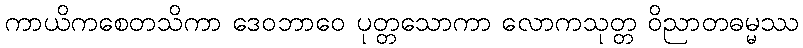
ကာယိကစေတသိကာ ဒေဝဘာဝေ ပုတ္တသောကာ လောကသုတ္တ ဝိညာတဓမ္မဿ